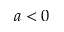
a < 0